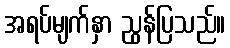
အရပ်မျက်နှာ ညွန်ပြသည်။